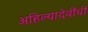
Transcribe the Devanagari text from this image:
अहिल्यादेवींची